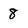
Character: 8